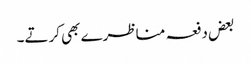
بعض دفعہ مناظرے بھی کرتے۔